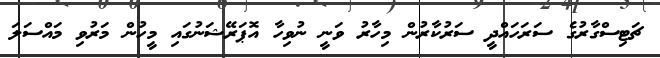
ޗަޓިސްގާރުގެ ސަރަހައްދީ ސަރުކާރުން މިހާރު ވަނީ ނުވިހާ އޮޕަރޭޝަނުގައި މީހުން މަރުވި މައްސަލަ